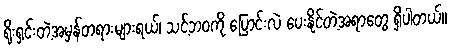
ရိုးရှင်းတဲ့အမှန်တရားများရယ်၊ သင့်ဘ၀ကို ပြောင်းလဲ ပေးနိုင်တဲ့အရာတွေ ရှိပါတယ်။